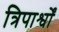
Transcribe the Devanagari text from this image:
त्रिपार्श्वों